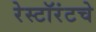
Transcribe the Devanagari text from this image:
रेस्टॉरंटचे